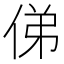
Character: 俤